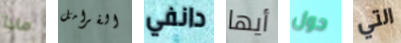
ماذا الفرامل دانفي أيها حول التي